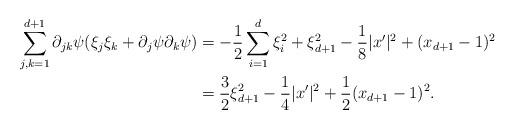
LaTeX: \begin{align*}\sum_{j,k=1}^{d+1} \partial_{jk} \psi (\xi_j \xi_k + \partial_j \psi \partial_k \psi)&= -\frac{1}{2} \sum_{i=1}^d \xi_i^2 + \xi_{d+1}^2 - \frac{1}{8} \lvert x' \rvert^2 + (x_{d+1} - 1)^2 \\&= \frac{3}{2} \xi_{d+1}^2 - \frac{1}{4} \lvert x' \rvert^2 + \frac{1}{2} (x_{d+1}-1)^2 .\end{align*}